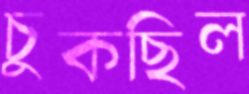
চুকছিল